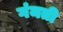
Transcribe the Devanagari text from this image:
गंमती